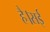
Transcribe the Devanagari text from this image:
है।सई